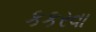
કકરવા